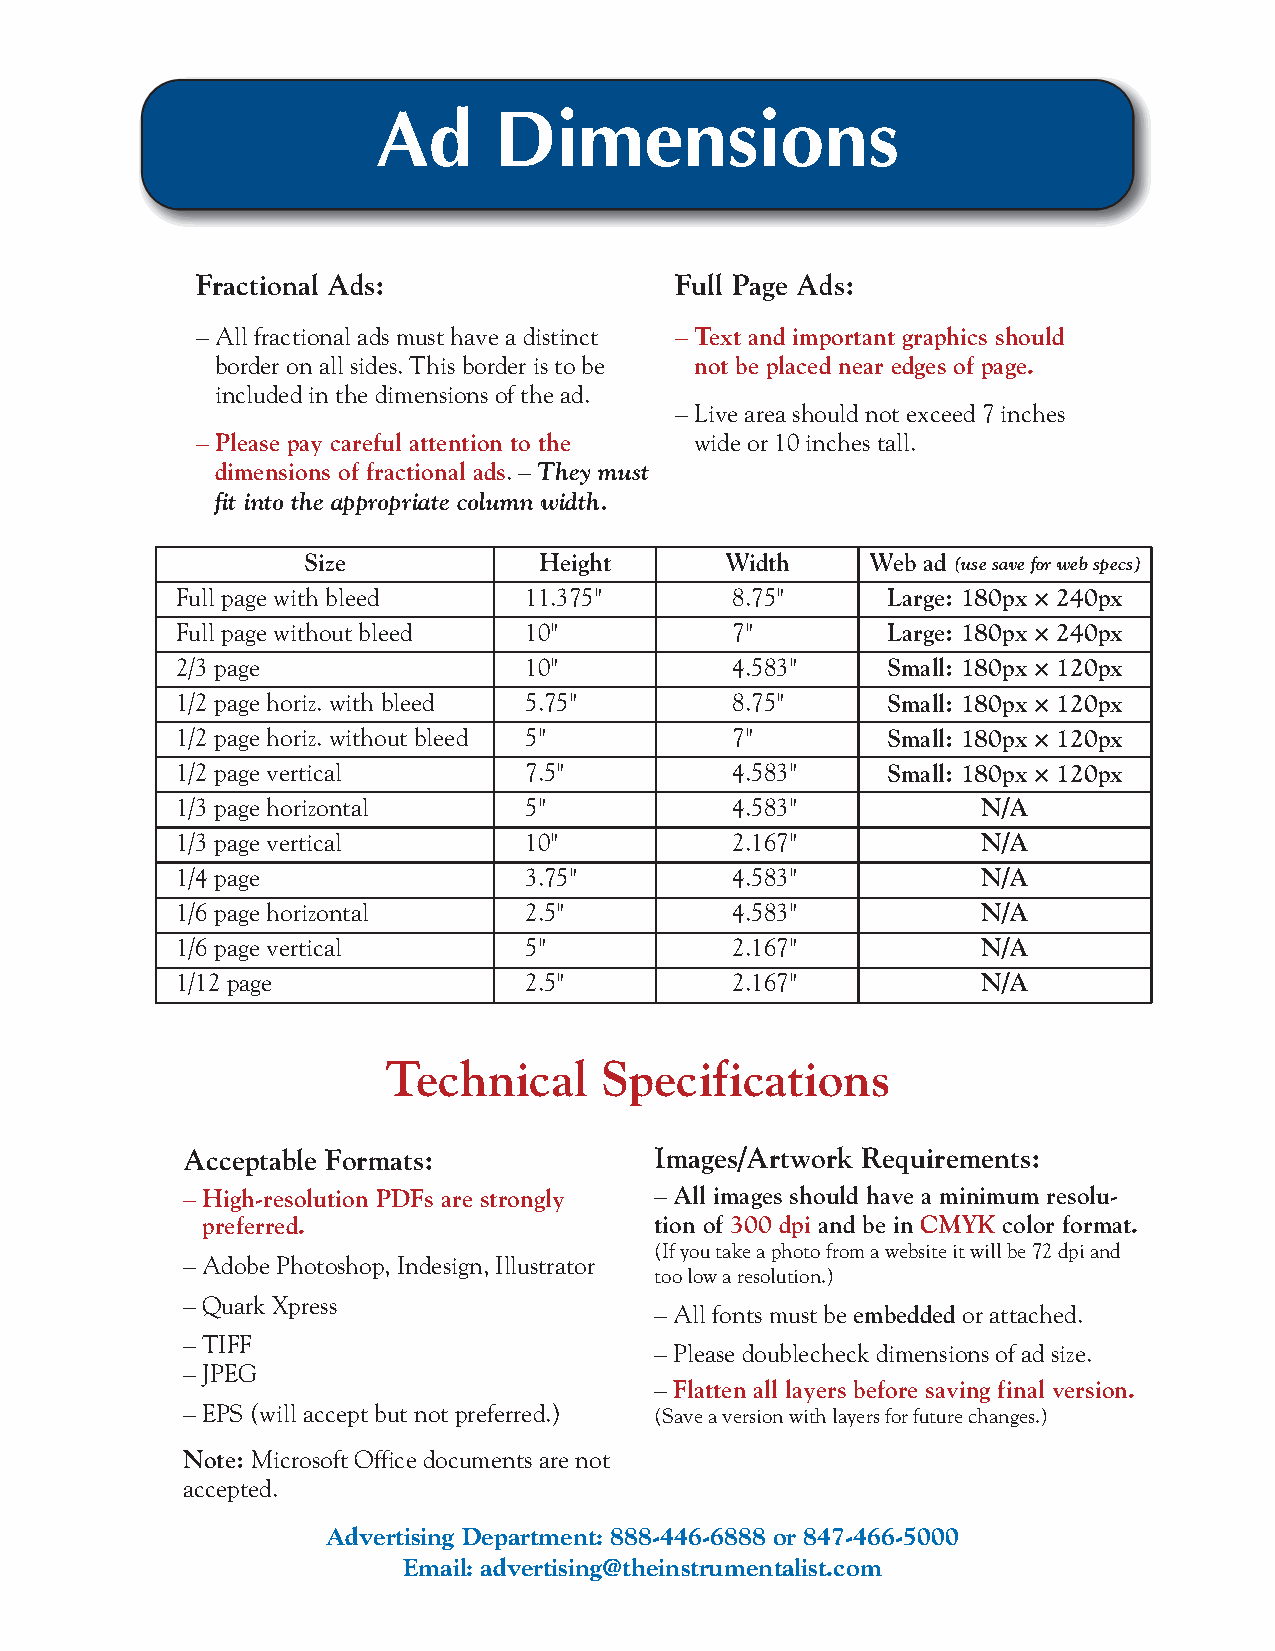
Ad      Dimensions
 Fractional Ads:                 Full Page Ads:
 –All fractional ads must have a distinct –Text and important graphics should
 border on all sides. This border is to be not be placed near edges of page.
 included in the dimensions of the ad.
 –Live area should not exceed 7 inches
 –Please pay careful attention to the wide or 10 inches tall.
 dimensions of fractional ads. –They must
 fit into the appropriate column width.
 Size            Height      Width     Web ad (use save for web specs)
 Full page with bleed   11.375"      8.75"      Large: 180px × 240px
 Full page without bleed 10"         7"         Large: 180px × 240px
 2/3 page               10"          4.583"     Small: 180px × 120px
 1/2 page horiz. with bleed 5.75"    8.75"      Small: 180px × 120px
 1/2 page horiz. without bleed 5"    7"         Small: 180px × 120px
 1/2 page vertical      7.5"         4.583"     Small: 180px × 120px
 1/3 page horizontal    5"           4.583"           N/A
 1/3 page vertical      10"          2.167"           N/A
 1/4 page               3.75"        4.583"           N/A
 1/6 page horizontal    2.5"         4.583"           N/A
 1/6 page vertical      5"           2.167"           N/A
 1/12 page              2.5"         2.167"           N/A
 Technical      Specifications
 Acceptable Formats:            Images/Artwork Requirements:
 – High-resolution PDFs are strongly –All images should have a minimum resolu-
 preferred.                    tion of 300 dpi and be in CMYK color format.
 (If you take a photo from a website it will be 72 dpi and
 – Adobe Photoshop, Indesign, Illustrator
 too low a resolution.)
 –Quark Xpress
 –All fonts must be embeddedor attached.
 –TIFF
 –Please doublecheck dimensions of ad size.
 –JPEG
 – Flatten all layers before saving final version.
 –EPS (will accept but not preferred.) (Save a version with layers for future changes.)
 Note: Microsoft Office documents are not
 accepted.
 Advertising Department: 888-446-6888 or 847-466-5000
 Email: advertising@theinstrumentalist.com